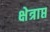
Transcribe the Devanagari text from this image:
क्षेत्राप्त